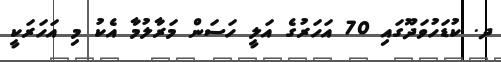
ދ. ކުޑަހުވަދޫގައި 70 އަހަރުގެ އަލީ ހަސަން މަރާލުމާ އެކު މި އަހަރަކީ